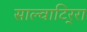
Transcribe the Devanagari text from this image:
साल्वाटिर्‍रा